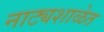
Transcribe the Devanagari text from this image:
नाट्यशाळेत